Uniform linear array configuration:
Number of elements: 8
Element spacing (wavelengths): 0.5
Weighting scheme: hamming
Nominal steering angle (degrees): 45
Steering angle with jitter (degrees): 46.072
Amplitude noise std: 0.05
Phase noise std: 0.05

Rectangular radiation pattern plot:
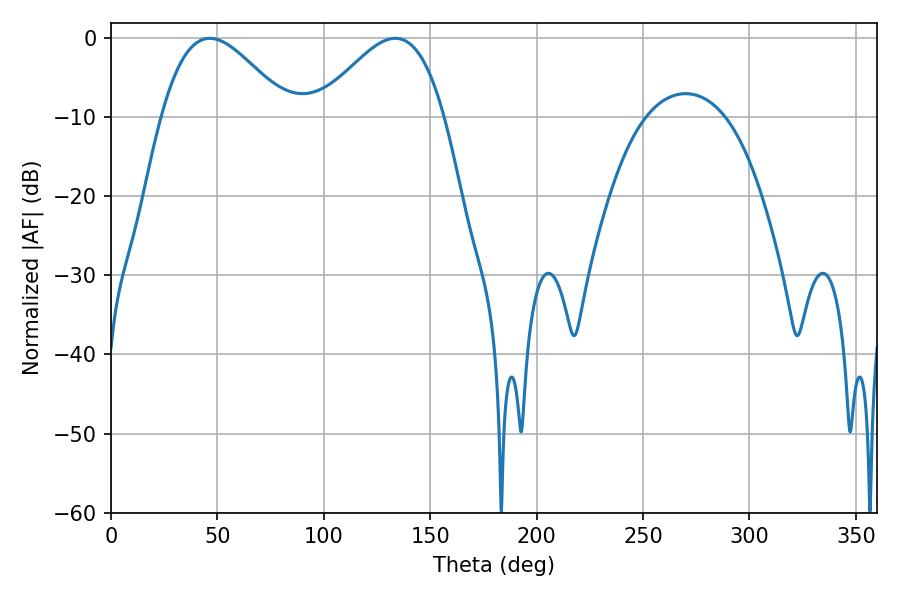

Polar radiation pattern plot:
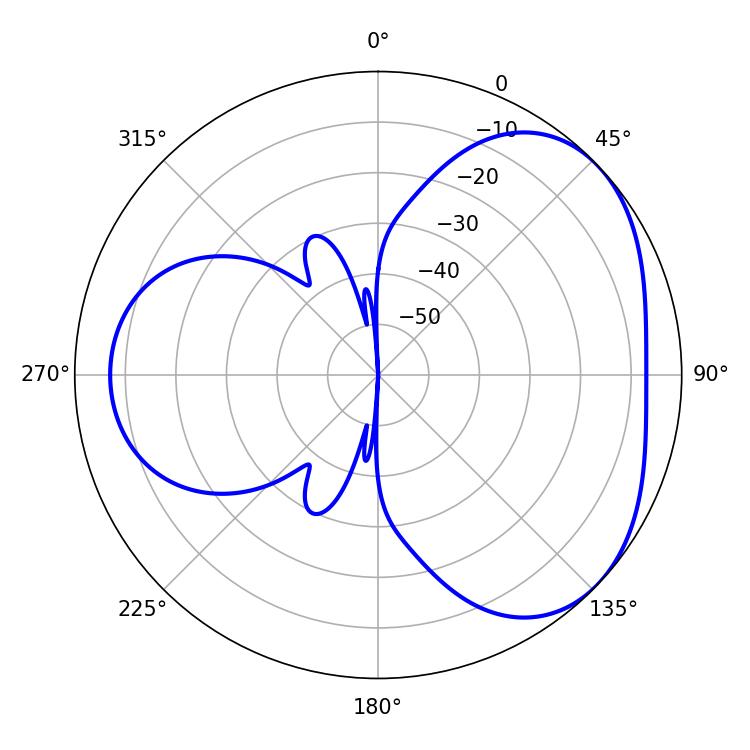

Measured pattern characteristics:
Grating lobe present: FALSE
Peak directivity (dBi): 3.843
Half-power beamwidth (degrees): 31.86
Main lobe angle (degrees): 46.44